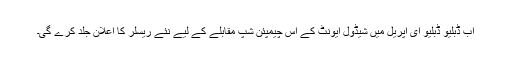
اب ڈبلیو ڈبلیو ای اپریل میں شیڈول ایونٹ کے اس چیمپئن شپ مقابلے کے لیے نئے ریسلر کا اعلان جلد کرے گی۔